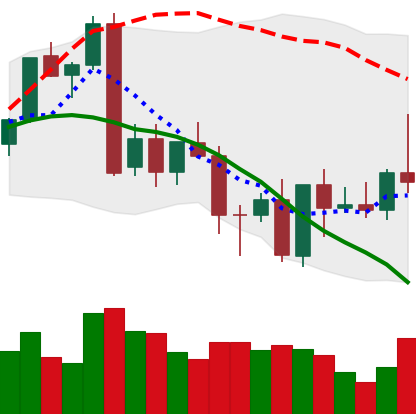
Ticker: XMR-USD
Chart end date: 2022-09-27
Forward return: -5.322%
Label: down_5_7